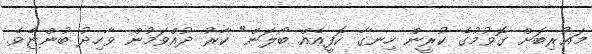
މަޣުރިބަށް ގޮވުމުގެ ކުރީން ހިނގާ ކޮފީއެއް ބޯލަން" ކާރު ދުއްވަމުން ވާހިދު ބުންޏެވެ.